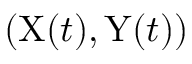
\left( \mathrm { X } ( t ) , \mathrm { Y } ( t ) \right)